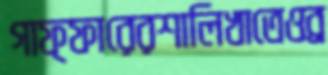
গাফ্ফারেরশালিখাতেওব্র